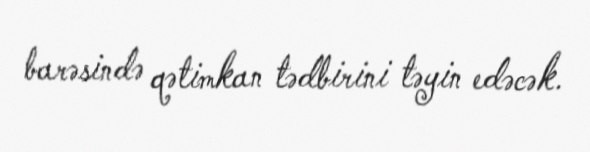
barəsində qətimkan tədbirini təyin edəcək.